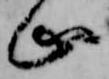
止